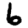
Digit: 6